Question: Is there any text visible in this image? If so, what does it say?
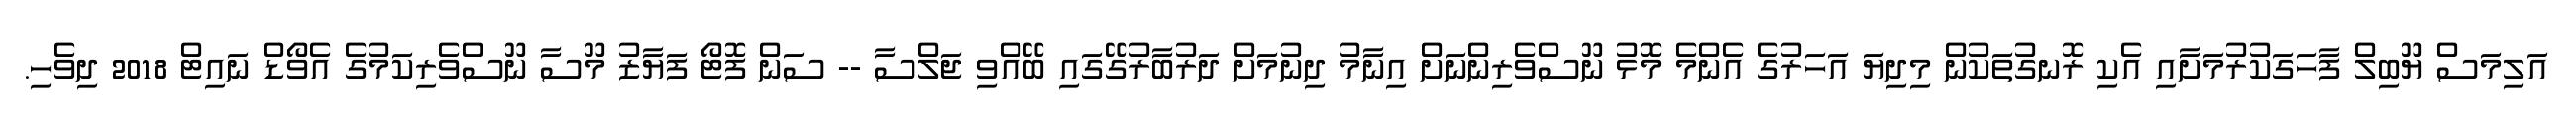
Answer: އަލިމަސް ޔޫބިލް ފާހަގަކުރުމަށާއި އެކި ރޮނގުތަކުން މިދިޔަ އަހަރުގެ އެންމެ މޮޅު ނޫސްވެރިންނަށް އިނާމު ދިނުމަށް ދަރުބާރުގޭގައި ބޭއްވި ޖަލްސާ -- ސަން ފޮޓޯ ފަޔާޒު މޫސާ ނޫސްވެރިކަމުގެ އެވޯޑް ނައިޓް 2018 ދިވެހި.